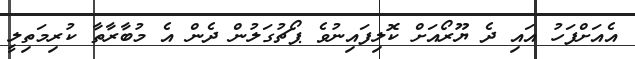
އެއަށްފަހު އައި ދެ ޔޫރޯއަށް ކޮލިފައިނުވެ ޕޯޗުގަލުން ދެން އެ މުބާރާތާ ކުރިމަތިލީ